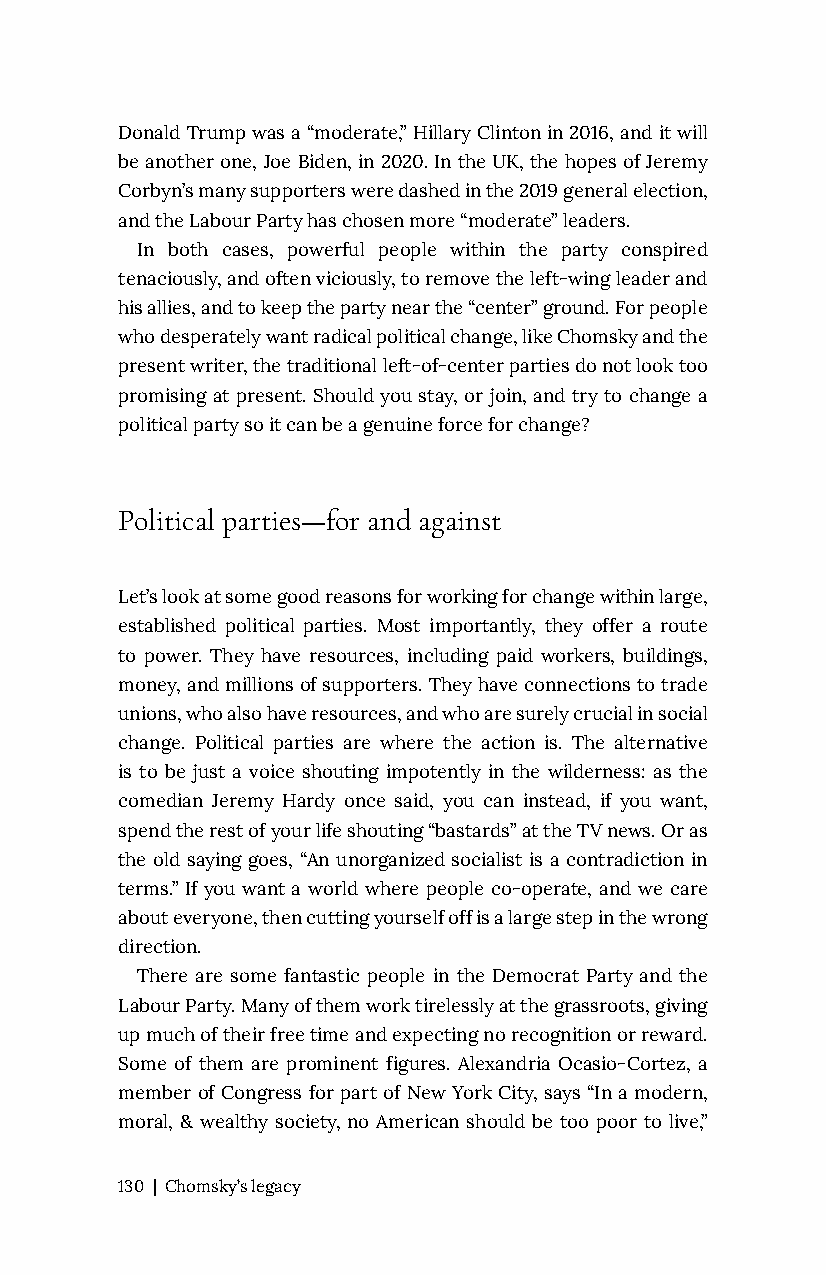
Donald Trump was a “moderate,” Hillary Clinton in 2016, and it will
 be another one, Joe Biden, in 2020. In the UK, the hopes of Jeremy
 Corbyn’s many supporters were dashed in the 2019 general election,
 and the Labour Party has chosen more “moderate” leaders.
 In both cases, powerful people within the party conspired
 tenaciously, and often viciously, to remove the left-wing leader and
 his allies, and to keep the party near the “center” ground. For people
 who desperately want radical political change, like Chomsky and the
 present writer, the traditional left-of-center parties do not look too
 promising at present. Should you stay, or join, and try to change a
 political party so it can be a genuine force for change?
 Political parties—for and against
 Let’s look at some good reasons for working for change within large,
 established political parties. Most importantly, they offer a route
 to power. They have resources, including paid workers, buildings,
 money, and millions of supporters. They have connections to trade
 unions, who also have resources, and who are surely crucial in social
 change. Political parties are where the action is. The alternative
 is to be just a voice shouting impotently in the wilderness: as the
 comedian Jeremy Hardy once said, you can instead, if you want,
 spend the rest of your life shouting “bastards” at the TV news. Or as
 the old saying goes, “An unorganized socialist is a contradiction in
 terms.” If you want a world where people co-operate, and we care
 about everyone, then cutting yourself off is a large step in the wrong
 direction.
 There are some fantastic people in the Democrat Party and the
 Labour Party. Many of them work tirelessly at the grassroots, giving
 up much of their free time and expecting no recognition or reward.
 Some of them are prominent figures. Alexandria Ocasio-Cortez, a
 member of Congress for part of New York City, says “In a modern,
 moral, & wealthy society, no American should be too poor to live,”
 130 | Chomsky’s legacy